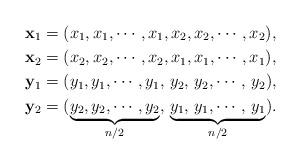
LaTeX: \begin{align*}&\mathbf{x}_1=(x_1,x_1,\cdots, x_1, x_2,x_2,\cdots, x_2), \\&\mathbf{x}_2= (x_2,x_2,\cdots, x_2,x_1,x_1,\cdots, x_1 ),\\&\mathbf{y}_1=(y_1,y_1,\cdots, y_1,\, y_2,\, y_2,\cdots,\, y_2),\\&\mathbf{y}_2= (\underbrace{y_2,y_2,\cdots, y_2}_{n/2},\,\underbrace{y_1,\, y_1,\cdots,\, y_1}_{n/2} ).\end{align*}